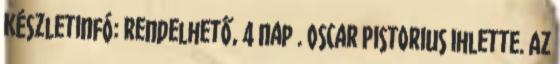
Készletinfó: Rendelhető, 4 nap . Oscar Pistorius ihlette. Az